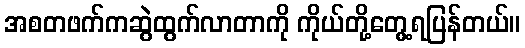
အစတဖက်ကဆွဲထွက်လာတာကို ကိုယ်တို့တွေ့ရပြန်တယ်။